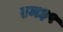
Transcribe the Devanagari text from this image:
एम३९